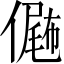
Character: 𠎴